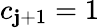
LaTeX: c_{\mathbf{j}+1}=1